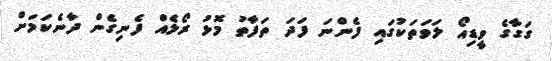
ގަގާގެ ވީޑިއޯ ލަވަތަކުގައި ފެންނަ ފަދަ ތަފާތު މޮޅު ރޯލެއް ފެނިގެން ދާނެކަމަށް